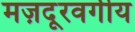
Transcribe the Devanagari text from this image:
मज़दूरवर्गीय